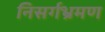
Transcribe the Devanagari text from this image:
निसर्गभ्रमण